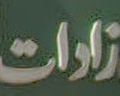
زادات